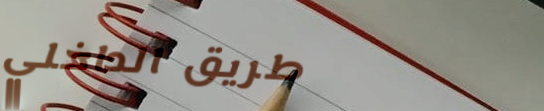
طريق الداخلي